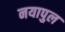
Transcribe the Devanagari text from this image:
नयापुल